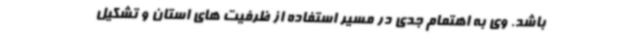
باشد. وی به اهتمام جدی در مسیر استفاده از ظرفیت های استان و تشکیل